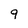
Character: 9